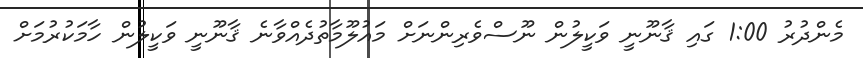
މެންދުރު 1:00 ގައި ޤާނޫނީ ވަކީލުން ނޫސްވެރިންނަށް މައުލޫމާތުދެއްވާނެ ޤާނޫނީ ވަކީލުން ހާމަކުރުމަށް